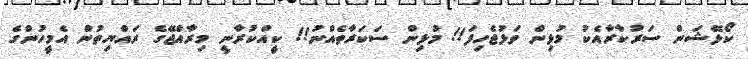
ކޯޅޭޝަން ސަރުކާރާއެކު މުޅިން ވަޅުޖެހިފަ!! މުޅިން ސަކަރާތެއްނު!! ކީއްކުރާނީ މިރާއްޖޭގެ ރައްޔިތުން އެމީހުންގެ